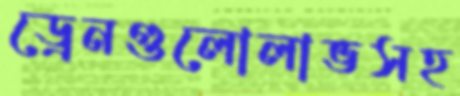
ড্রেনগুলোলাভসহ